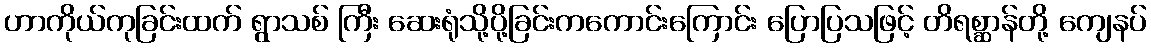
ဟာကိုယ်ကုခြင်းထက် ရွာသစ် ကြီး ဆေးရုံသို့ပို့ခြင်းကကောင်းကြောင်း ပြောပြသဖြင့် တိရစ္ဆာန်တို့ ကျေနပ်